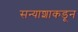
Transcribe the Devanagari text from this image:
सन्याशाकडून